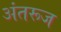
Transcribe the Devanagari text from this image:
अंतरूज